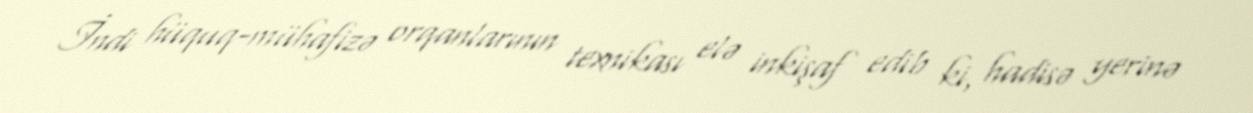
İndi hüquq-mühafizə orqanlarının texnikası elə inkişaf edib ki, hadisə yerinə